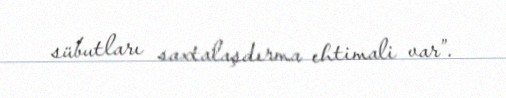
sübutları saxtalaşdırma ehtimali var”.